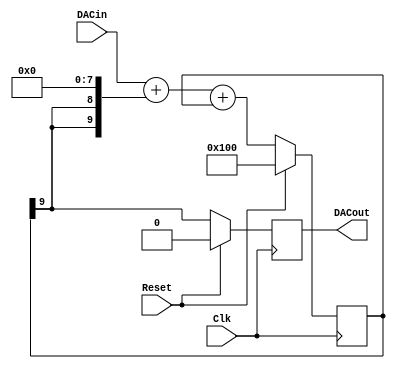
`timescale 1ns / 1ps
//////////////////////////////////////////////////////////////////////////////////
// Company: 
// Engineer: 
// 
// Design Name: 
// Module Name:    sigma_delta_dac 
// Project Name: 
// Target Devices: 
// Tool versions: 
// Description: 
//
// Dependencies: 
//
// Revision: 
// Revision 0.01 - File Created
// Additional Comments: 
//
//////////////////////////////////////////////////////////////////////////////////

`define MSBI 7 // Most significant Bit of DAC input

//This is a Delta-Sigma Digital to Analog Converter
module dac (DACout, DACin, Clk, Reset);
	output DACout; // This is the average output that feeds low pass filter
	input [`MSBI:0] DACin; // DAC input (excess 2**MSBI)
	input Clk;
	input Reset;

	reg DACout; // for optimum performance, ensure that this ff is in IOB
	reg [`MSBI+2:0] DeltaAdder; // Output of Delta adder
	reg [`MSBI+2:0] SigmaAdder; // Output of Sigma adder
	reg [`MSBI+2:0] SigmaLatch = 1'b1 << (`MSBI+1); // Latches output of Sigma adder
	reg [`MSBI+2:0] DeltaB; // B input of Delta adder

	always @(SigmaLatch) DeltaB = {SigmaLatch[`MSBI+2], SigmaLatch[`MSBI+2]} << (`MSBI+1);
	always @(DACin or DeltaB) DeltaAdder = DACin + DeltaB;
	always @(DeltaAdder or SigmaLatch) SigmaAdder = DeltaAdder + SigmaLatch;
	always @(posedge Clk)
	begin
		if(Reset)
		begin
			SigmaLatch <= #1 1'b1 << (`MSBI+1);
			DACout <= #1 1'b0;
		end
		else
		begin
			SigmaLatch <= #1 SigmaAdder;
			DACout <= #1 SigmaLatch[`MSBI+2];
		end
	end
endmodule

module mixer (
	input wire clkdac,
	input wire reset,
	input wire ear,
	input wire mic,
	input wire spk,
	input wire [7:0] ay1,
	input wire [7:0] ay2,
	output wire audio
	);

    parameter
        SRC_BEEPER = 2'd0,
        SRC_AY1    = 2'd1,
        SRC_AY2    = 2'd2;

	wire [7:0] beeper = ({ear,spk,mic}==3'b000)? 8'd17 :
						({ear,spk,mic}==3'b001)? 8'd36 :
					    ({ear,spk,mic}==3'b010)? 8'd184 :
					    ({ear,spk,mic}==3'b011)? 8'd192 :
					    ({ear,spk,mic}==3'b100)? 8'd22 :
		                ({ear,spk,mic}==3'b101)? 8'd48 :
					    ({ear,spk,mic}==3'b110)? 8'd244 : 8'd255;
	
    reg [7:0] mezcla;
    reg [1:0] sndsource = 2'd0;
	
	always @(posedge clkdac) begin
        case (sndsource)
            SRC_BEEPER: mezcla <= beeper;
            SRC_AY1   : mezcla <= ay1;
            SRC_AY2   : mezcla <= ay2;
        endcase
        sndsource <= (sndsource == 2'd2)? 2'd0 : sndsource + 2'd1;  // en lugar de sumar, multiplexamos en el tiempo las fuentes de sonido
    end

	dac audio_dac (
		.DACout(audio),
		.DACin(mezcla),
		.Clk(clkdac),
		.Reset(reset)
		);
endmodule